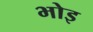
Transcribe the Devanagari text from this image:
भोइ